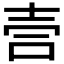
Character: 𫯁